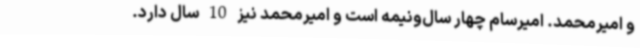
و امیرمحمد. امیرسام چهار سال‌ونیمه است و امیرمحمد نیز 10‌ سال دارد.